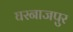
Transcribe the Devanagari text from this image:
घरनाजपुर